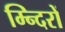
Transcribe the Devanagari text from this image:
म्न्दिरों